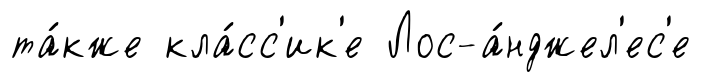
та́кже кла́сс'ик'е Лос-а́нджел'ес'е